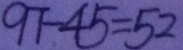
9 7 - 4 5 = 5 2